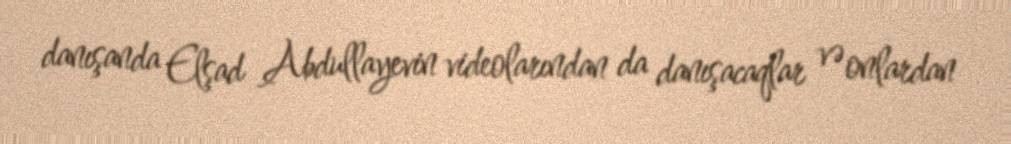
danışanda Elşad Abdullayevin videolarından da danışacaqlar və onlardan